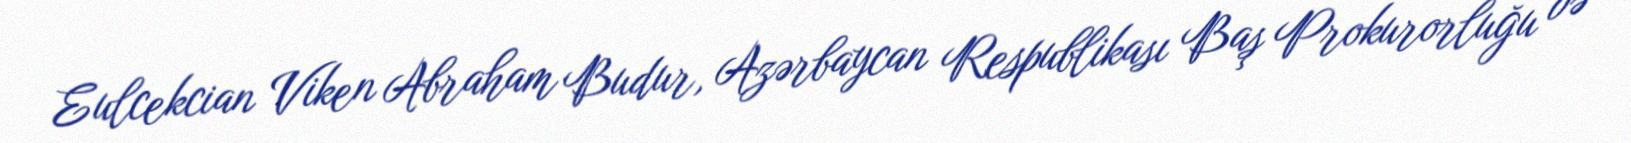
Eulcekcian Viken Abraham Budur, Azərbaycan Respublikası Baş Prokurorluğu və